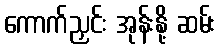
ကောက်ညှင်း အုန်းနို့ ဆမ်း